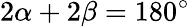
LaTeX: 2\alpha+2\beta=180^{\circ}